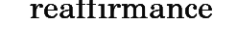
reaffirmance